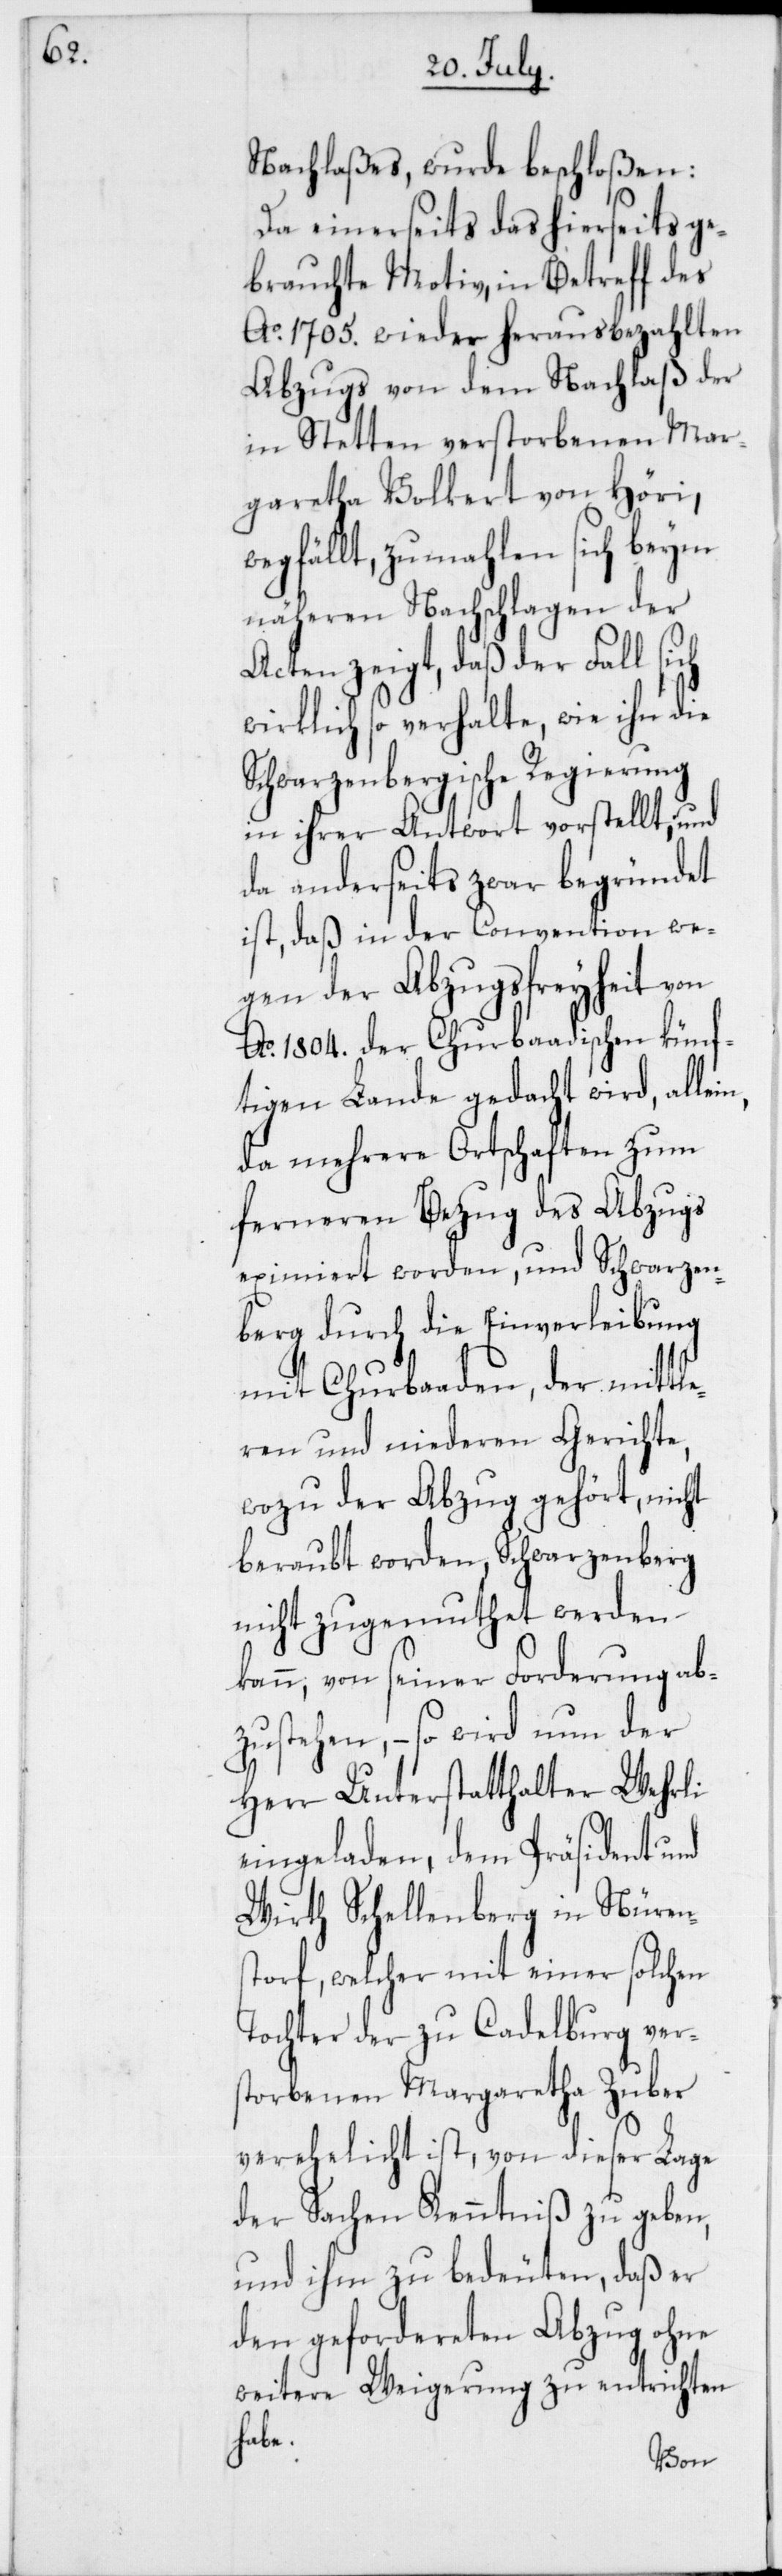
Nachlaßes, wurde beschloßen:
Da einerseits das hierseits ge¬
brauchte Motiv, in Betreff des
Ao. 1705. wieder herausbezahlten
Abzugs von dem Nachlaß der
in Stetten verstorbenen Mar¬
garetha Volkert von Höri,
wegfällt, zumahlen sich beym
näheren Nachschlagen der
Acten zeigt, daß der Fall sich
wirklich so verhalte, wie ihn die
Schwarzenbergische Regierung
in ihrer Antwort vorstellt, und
da anderseits zwar begründet
ist, daß in der Convention we¬
gen der Abzugsfreyheit von
Ao. 1804. der Churbaadischen künf¬
tigen Lande gedacht wird, alle¬
da mehrere Ortschaften zum
ferneren Bezug des Abzugs
eximiert worden, und Schwarzen¬
berg durch die Einverleibung
mit Churbaaden, der mittle¬
ren und niederen Gerichte,
wozu der Abzug gehört, nicht
beraubt worden, Schwarzenberg
nicht zugemuthet werden
kann, von seiner Forderung ab¬
zustehen, – so wird nun der
Herr Unterstatthalter Wehrli
eingeladen, dem Präsident und
Wirt Schellenberg in Nüren¬
storf, welcher mit einer solchen
Tochter der zu Cadelburg vers¬
torbenen Margaretha Zuber
verehelicht ist, von dieser Lage
der Sachen Kenntniß zu geben,
und ihm zu bedeuten, daß er
den gefordereten Abzug ohne
weitere Weigerung zu entrichten
habe.
in,